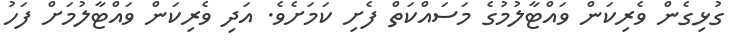
ގުޅިގެން ވެރިކަން ވައްޓާލުމުގެ މަސައްކަތް ފެށި ކަަމަށެވެ. އަދި ވެރިކަން ވައްޓާލުމަށް ފަހު